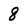
Character: 8